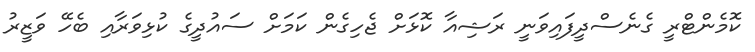
ކޮމެންޓްރީ ގެނެސްދީފައިވަނީ ރަޝިއާ ކޮޅަށް ޖެހިގެން ކަމަށް ސައުދީގެ ކުޅިވަރާއި ބެހޭ ވަޒީރު